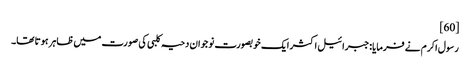
[60]
رسول اکرم نے فرمایا:جبرائیل اکثر ایک خوبصورت نوجوان دحیہ کلبی کی صورت میں ظاہر ہوتا تھا۔